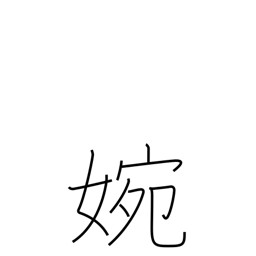
Meaning: graceful